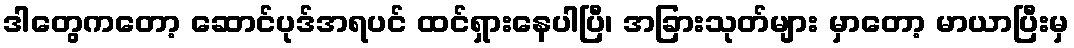
ဒါတွေကတော့ ဆောင်ပုဒ်အရပင် ထင်ရှားနေပါပြီ၊ အခြားသုတ်များ မှာတော့ မာယာပြီးမှ